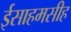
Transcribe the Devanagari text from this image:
ईसाहमसीह